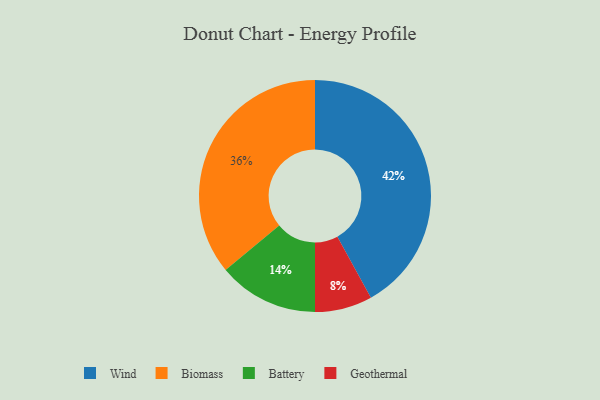
{"axis": {"x": "Category", "y": "Percentage"}, "legend": ["Battery", "Biomass", "Geothermal", "Wind"], "data": [{"x": "Wind", "y": 42, "type": "Wind"}, {"x": "Geothermal", "y": 8, "type": "Geothermal"}, {"x": "Biomass", "y": 36, "type": "Biomass"}, {"x": "Battery", "y": 14, "type": "Battery"}]}